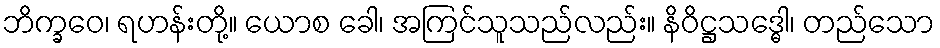
ဘိက္ခဝေ၊ ရဟန်းတို့။ ယောစ ခေါ၊ အကြင်သူသည်လည်း။ နိဝိဋ္ဌသဒ္ဓေါ၊ တည်သော